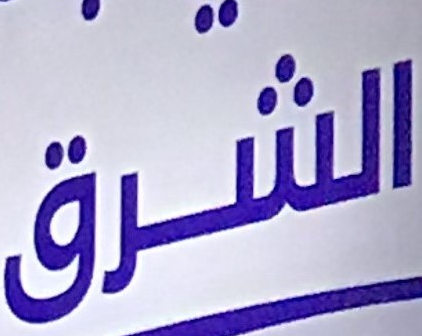
الشرق